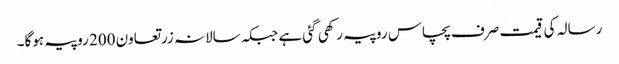
رسالہ کی قیمت صرف پچاس روپیہ رکھی گئی ہے جبکہ سالانہ زرتعاون 200 روپیہ ہوگا۔